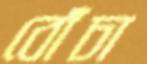
বোঁচা